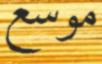
موسع